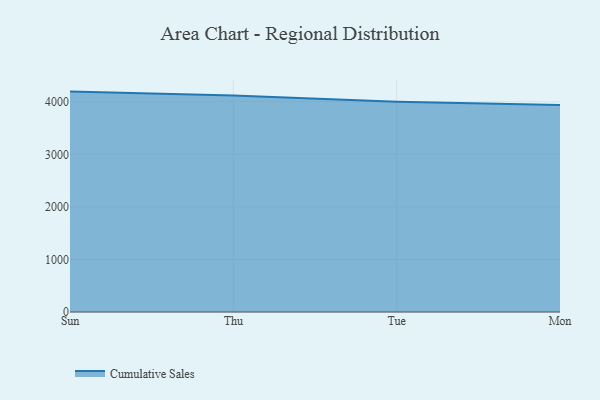
{"axis": {"x": "Day", "y": "Net Income (USD K)"}, "legend": ["Cumulative Sales"], "data": [{"x": "Sun", "y": 4192.9, "type": "Cumulative Sales"}, {"x": "Thu", "y": 4119.0, "type": "Cumulative Sales"}, {"x": "Tue", "y": 3999.6, "type": "Cumulative Sales"}, {"x": "Mon", "y": 3936.9, "type": "Cumulative Sales"}]}